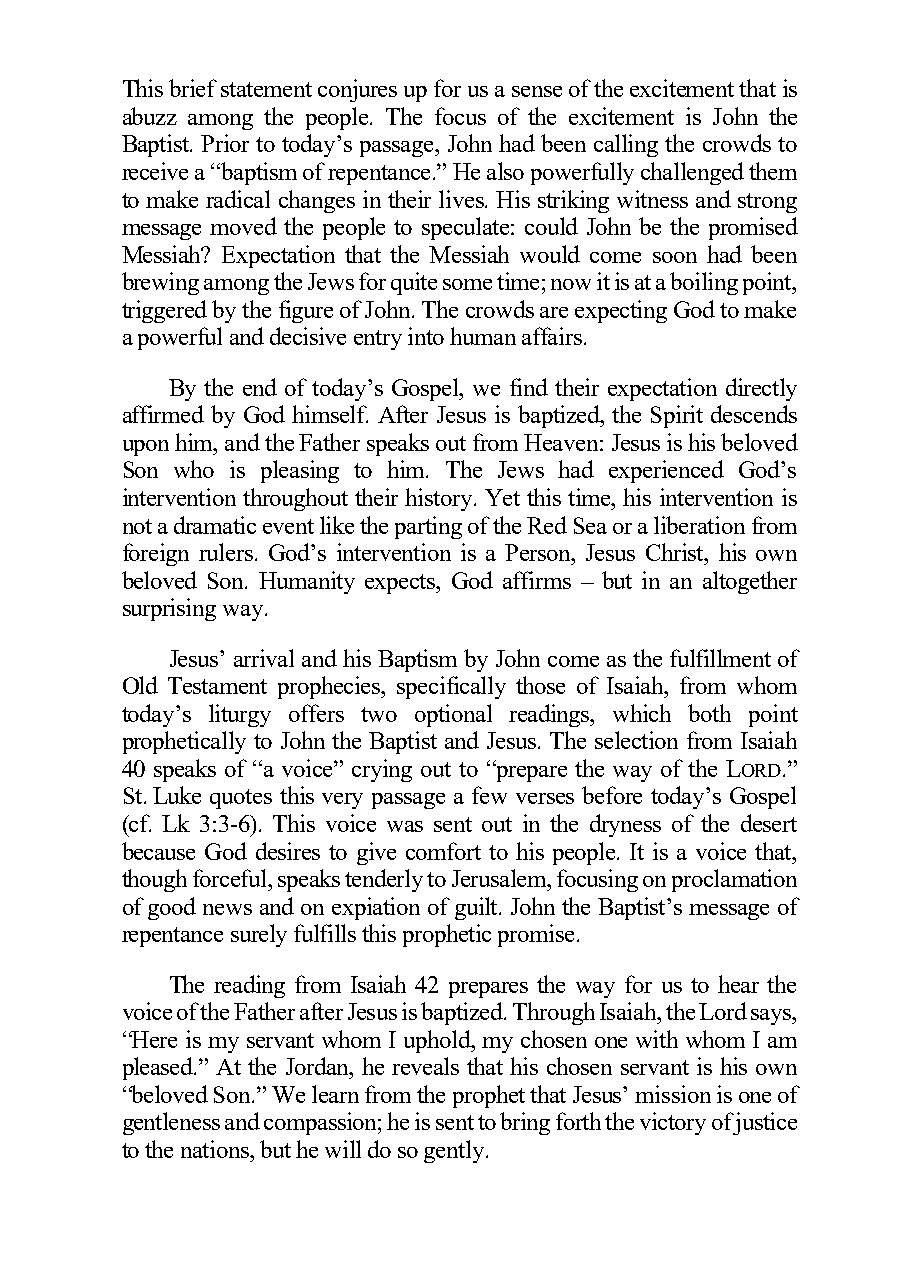
This brief statement conjures up for us a sense of the excitement that is
 abuzz among the people. The focus of the excitement is John the
 Baptist. Prior to today’s passage, John had been calling the crowds to
 receive a “baptism of repentance.” He also powerfully challenged them
 to make radical changes in their lives. His striking witness and strong
 message moved the people to speculate: could John be the promised
 Messiah? Expectation that the Messiah would come soon had been
 brewing among the Jews for quite some time; now it is at a boiling point,
 triggered by the figure of John. The crowds are expecting God to make
 a powerful and decisive entry into human affairs.
 By the end of today’s Gospel, we find their expectation directly
 affirmed by God himself. After Jesus is baptized, the Spirit descends
 upon him, and the Father speaks out from Heaven: Jesus is his beloved
 Son who is pleasing to him. The Jews had experienced God’s
 intervention throughout their history. Yet this time, his intervention is
 not a dramatic event like the parting of the Red Sea or a liberation from
 foreign rulers. God’s intervention is a Person, Jesus Christ, his own
 beloved Son. Humanity expects, God affirms – but in an altogether
 surprising way.
 Jesus’ arrival and his Baptism by John come as the fulfillment of
 Old Testament prophecies, specifically those of Isaiah, from whom
 today’s liturgy offers two optional readings, which both point
 prophetically to John the Baptist and Jesus. The selection from Isaiah
 40 speaks of “a voice” crying out to “prepare the way of the LORD.”
 St. Luke quotes this very passage a few verses before today’s Gospel
 (cf. Lk 3:3-6). This voice was sent out in the dryness of the desert
 because God desires to give comfort to his people. It is a voice that,
 though forceful, speaks tenderly to Jerusalem, focusing on proclamation
 of good news and on expiation of guilt. John the Baptist’s message of
 repentance surely fulfills this prophetic promise.
 The reading from Isaiah 42 prepares the way for us to hear the
 voice of the Father after Jesus is baptized. Through Isaiah, the Lord says,
 “Here is my servant whom I uphold, my chosen one with whom I am
 pleased.” At the Jordan, he reveals that his chosen servant is his own
 “beloved Son.” We learn from the prophet that Jesus’ mission is one of
 gentleness and compassion; he is sent to bring forth the victory of justice
 to the nations, but he will do so gently.